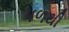
પળથી